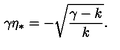
\gamma \eta _ { * } = - \sqrt { \frac { \gamma - k } { k } } .